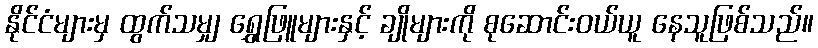
နိုင်ငံများမှ ထွက်သမျှ ရွှေဖြူများနှင့် ချိုများကို စုဆောင်းဝယ်ယူ နေသူဖြစ်သည်။